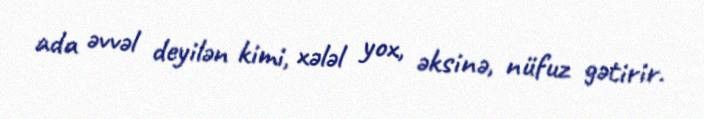
ada əvvəl deyilən kimi, xələl yox, əksinə, nüfuz gətirir.